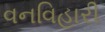
વનવિહારી